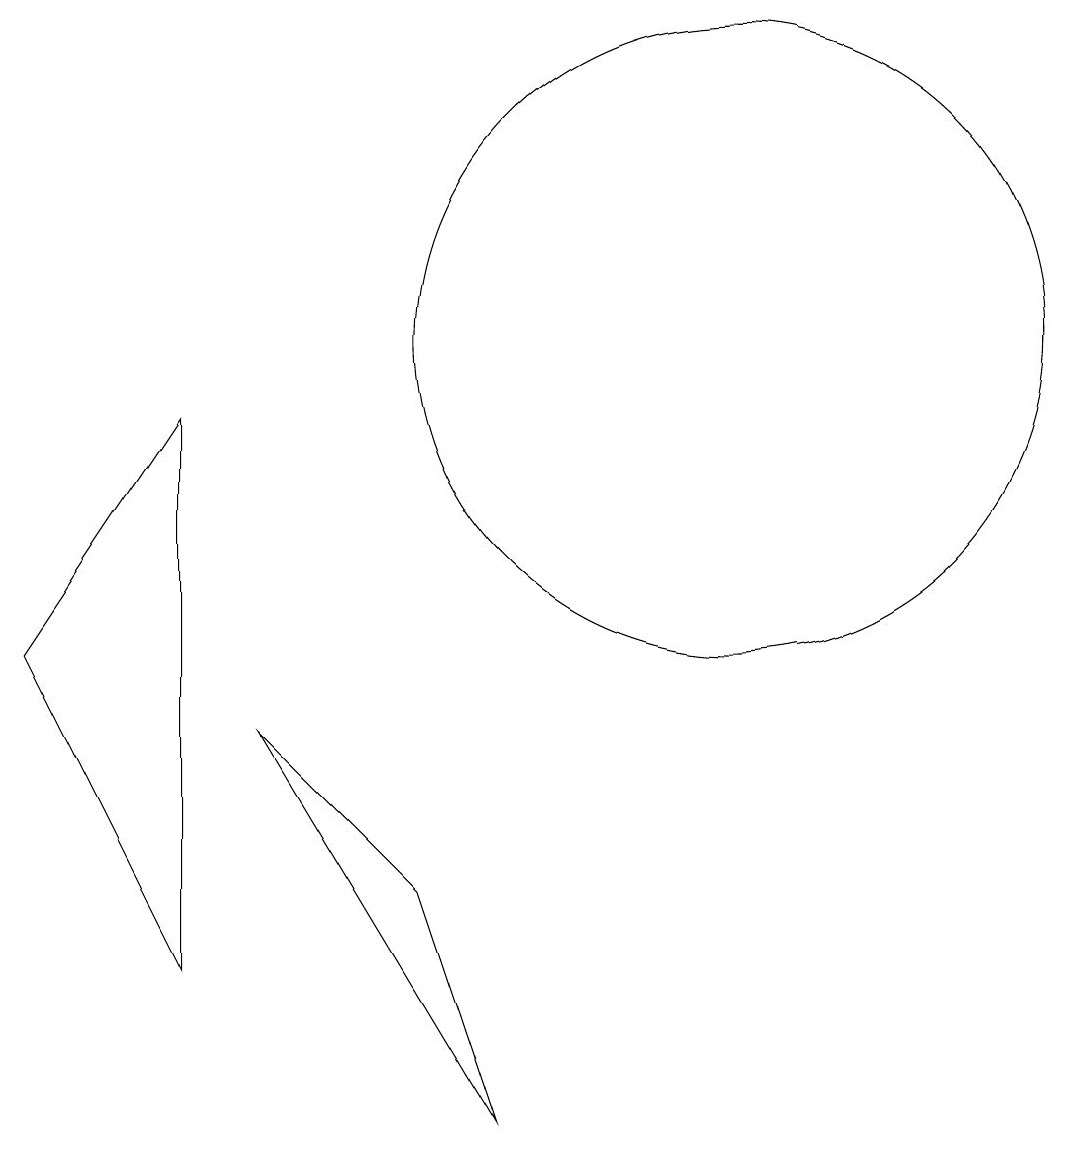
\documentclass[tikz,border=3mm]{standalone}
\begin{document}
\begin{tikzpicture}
\draw (4,9) -- (4,2) -- (2,6) -- cycle;
\draw (5,5) -- (7,3) -- (8,0) -- cycle;
\draw (11,10) circle (4);
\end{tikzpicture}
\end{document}